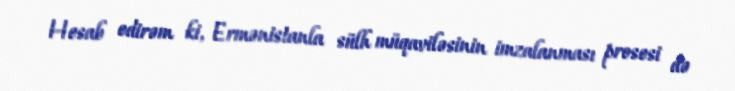
Hesab edirəm ki, Ermənistanla sülh müqaviləsinin imzalanması prosesi də